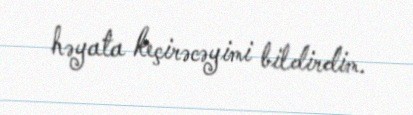
həyata keçirəcəyimi bildirdim.